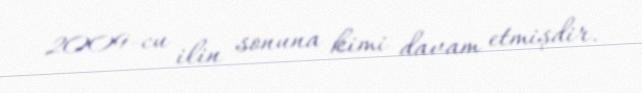
2009-cu ilin sonuna kimi davam etmişdir.